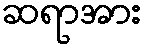
ဆရာအား